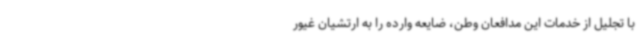
با تجلیل از خدمات این مدافعان وطن، ضایعه وارده را به ارتشیان غیور